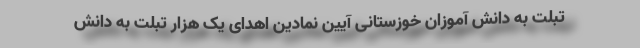
تبلت به دانش آموزان خوزستانی آیین نمادین اهدای یک هزار تبلت به دانش